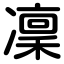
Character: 凜